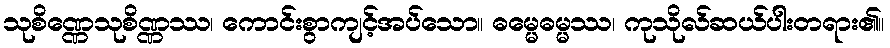
သုစိဏ္ဏေသုစိဏ္ဏဿ၊ ကောင်းစွာကျင့်အပ်သော။ ဓမ္မေဓမ္မဿ၊ ကုသိုလ်ဆယ်ပါးတရား၏။